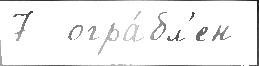
7  огра́бл'ен